Vaccination Hyderabad 1872-1889 - 1872-1889
Year: 1872
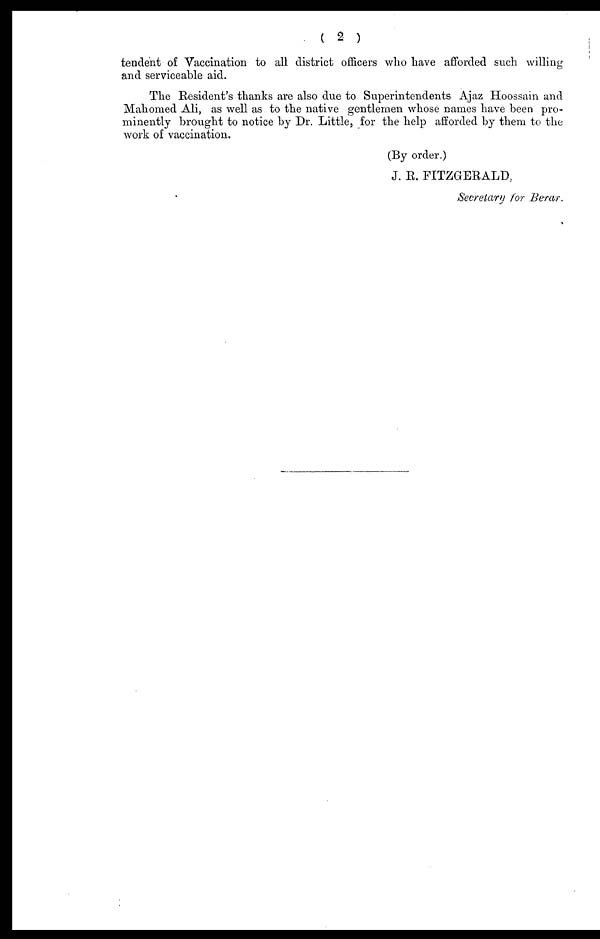
( 2 )
tendent of Vaccination to all district officers who have afforded such willing
and serviceable aid.
The Resident's thanks are also due to Superintendents Ajaz Hoossain and
Mahomed Ali, as well as to the native gentlemen whose names have been pro-
minently brought to notice by Dr. Little, for the help afforded by them to the
work of vaccination.
(By order.)
J. R. FITZGERALD,
Secretary for Berar.